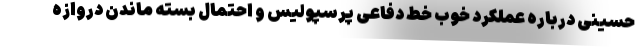
حسینی درباره عملکرد خوب خط دفاعی پرسپولیس و احتمال بسته ماندن دروازه